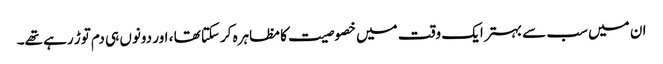
ان میں سب سے بہتر ایک وقت میں خصوصیت کا مظاہرہ کرسکتا تھا ، اور دونوں ہی دم توڑ رہے تھے۔